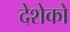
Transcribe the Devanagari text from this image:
देशेको